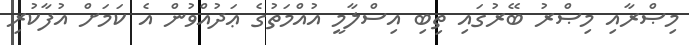
މިޞްރާއި މިޞްރު ބޭރުގައި ތިބި އިސްލާމީ އުއްމަތުގެ ޢަދުއްވުން އެ ކަމަށް އުފާކުރި